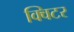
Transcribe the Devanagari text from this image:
क्विटर